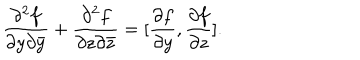
LaTeX: \frac { \partial ^ { 2 } f } { \partial y \partial \bar { y } } + \frac { \partial ^ { 2 } f } { \partial z \partial \bar { z } } = [ \frac { \partial f } { \partial y } , \frac { \partial f } { \partial z } ] .